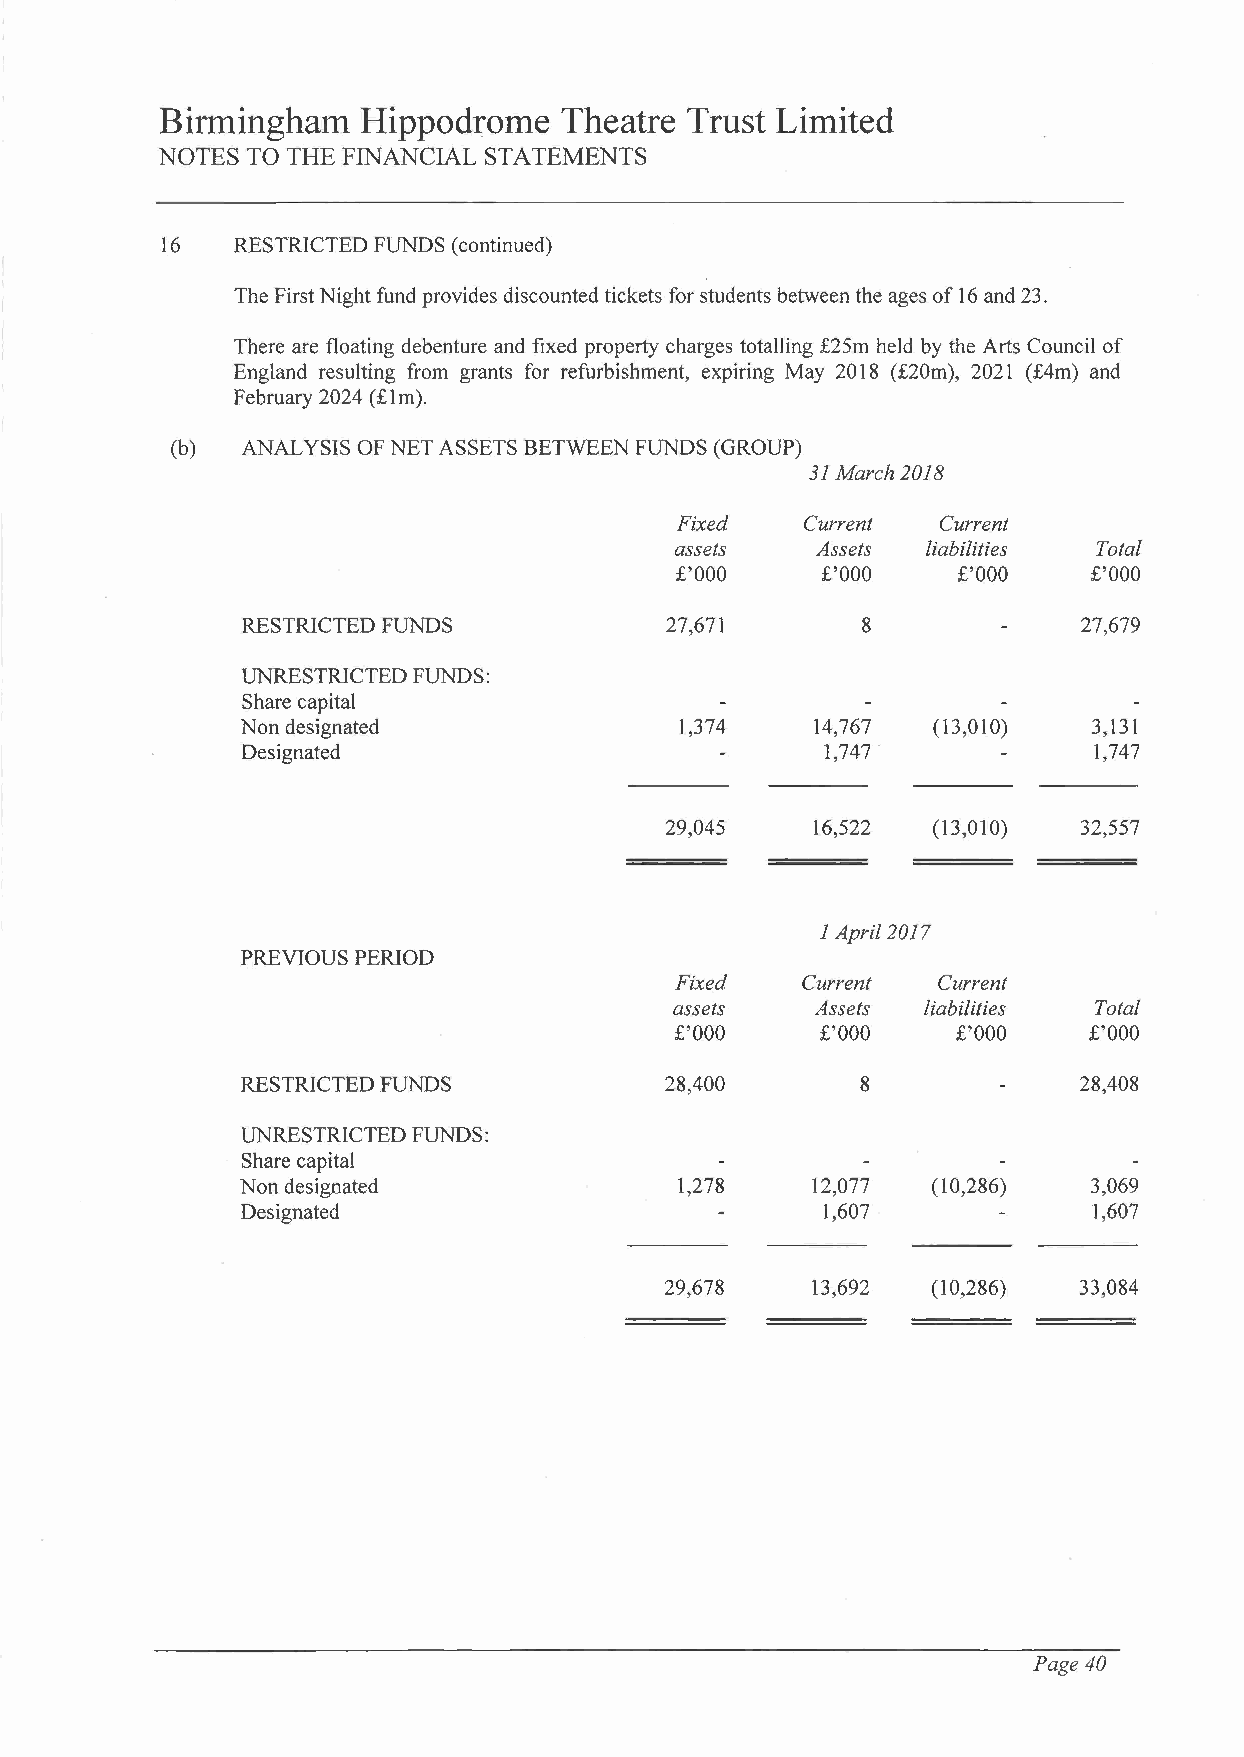
Birmingham   Hippodrome   Theatre Trust Limited
 NOTES TO THE FINANCIAL STATEMENTS
 16  RESTRICTED FUNDS (continued)
 The First Night fund provides discounted tickets for students between the ages of 16 and 23.
 There are floating debenture and fixed property charges totalling £25m held by the Arts Council of
 England resulting from grants for refurbishment, expiring May 2018 (£20m), 2021 (£4m) and
 February 2024 (£lm).
 (b)  ANALYSIS OF NET ASSETS BETWEEN FUNDS (GROUP)
 31 March 2018
 Fixed   Current  Current
 assets   Assets liabilities Total
 £'000    £'000    £'000    £'000
 RESTRICTED FUNDS            27,671       8              27,679
 UNRESTRICTED FUNDS:
 Share capital
 Non designated               1,374    14,767  (13,010)  3,131
 Designated                             1,747·           1,747
 29,045    16,522  (13,010)  32,557
 1 April2017
 PREVIOUS PERIOD
 Fixed   Current  Current
 assets   Assets liabilities Total
 £'000    £'000    £'000    £'000
 RESTRICTED FUNDS            28,400       8             28,408
 UNRESTRICTED FUNDS:
 . Share capital
 Non designated               1,278    12,077  (10,286)  3,069
 Designated                            1,607             1,607
 29,678    13,692  (10,286) 33,084
 Page 40